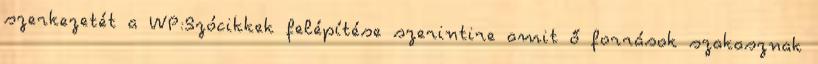
szerkezetét a WP:Szócikkek felépítése szerintire amit ő források szakasznak